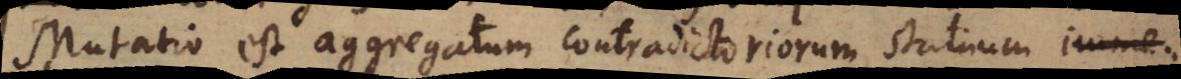
Mutatio est aggregatum contradictoriorum statuumimme